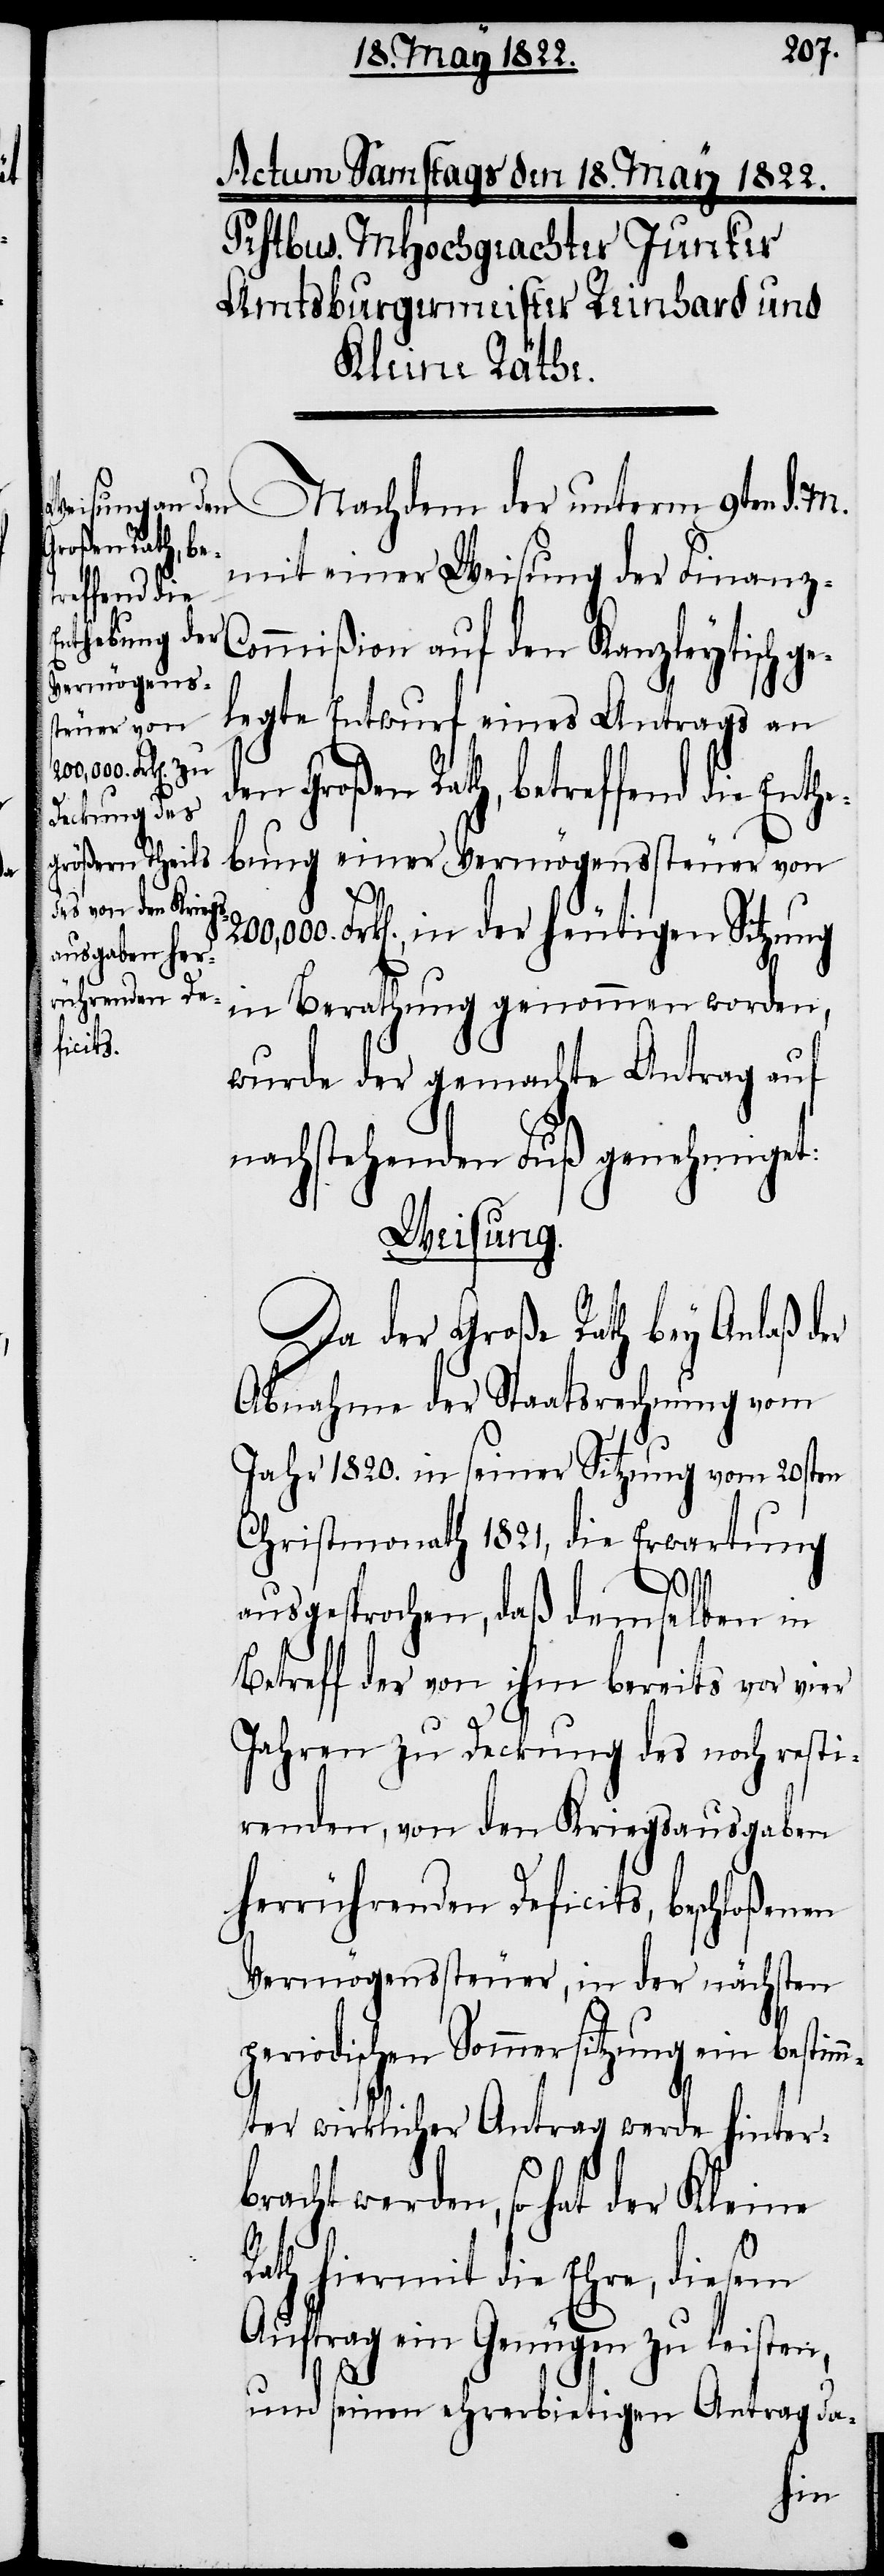
Großen Rath, be¬
mit einer Weisung der Finanz-C¬
reffend die
ommißion auf den Kanzleytische ge¬
legte Entwurf eines Antrags an
200,000. Frk[e¬
t¬
bung einer Vermögenssteuer von
n]., in der heutigen Sitzung
in Berathung genommen worden,
Enthe¬
wurde der gemachte Antrag auf
nachstehenden Fuß genehmiget:
Weisung.
Da der Große Rath bey Anlaß der
Abnahme der Staatsrechnung vom
Jahr 1820. in seiner Sitzung vom 20sten
Christmonath 1821, die Erwartung
ausgesprochen, daß demselben in
Betreff der von ihm bereits vor vier
Jahren zu Deckung des noch resti¬
renden, von den Kriegsausgaben
herrührenden Deficits, beschloßenen
Vermögenssteuer, in der nächsten
periodischen Sommersitzung ein bestim¬
mter wirklicher Antrag werde hinter¬
bracht werden, so hat der Kleine
Rath hiermit die Ehre, diesem
Auftrag ein Genügen zu leisten,
und seinen eherbietigen Antrag da-